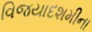
વિજયાદશમીના